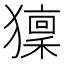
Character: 𤢤